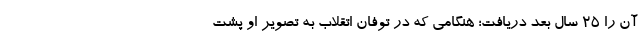
آن را 25 سال بعد دریافت؛ هنگامی که در توفان اتقلاب به تصویر او پشت